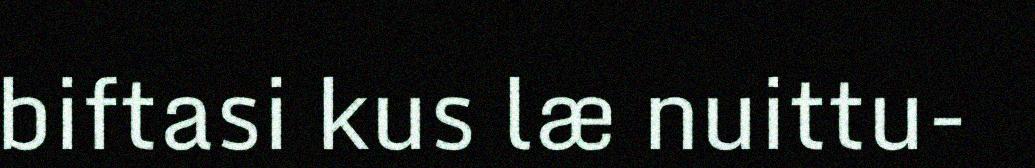
biftasi kus læ nuittu-